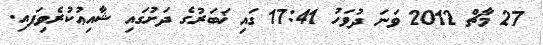
27 މާޗް 2012 ވަނަ ދުވަހު 17:41 ގައި ޚަބަރުގެ ދަށުގައި ޝާއިޢުކުރެވިފައި.